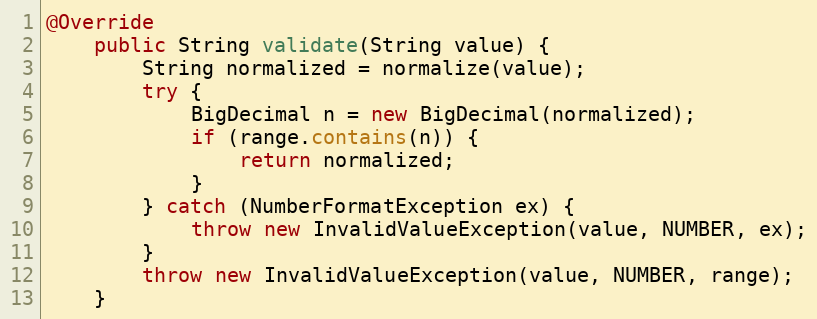
Language: Java
@Override
    public String validate(String value) {
        String normalized = normalize(value);
        try {
            BigDecimal n = new BigDecimal(normalized);
            if (range.contains(n)) {
                return normalized;
            }
        } catch (NumberFormatException ex) {
            throw new InvalidValueException(value, NUMBER, ex);
        }
        throw new InvalidValueException(value, NUMBER, range);
    }